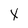
Character: X